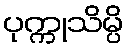
ပုက္ကုသိမ္ပိ